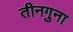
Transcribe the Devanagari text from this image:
तीनगुना